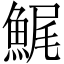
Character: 𩷳